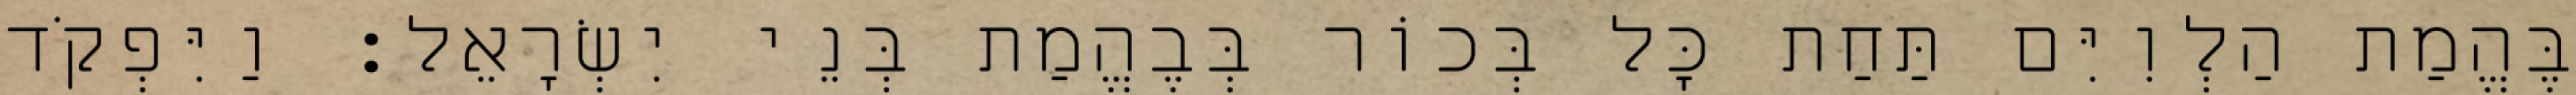
בֶּהֱמַת הַלְוִיִּם תַּחַת כָּל בְּכוֹר בְּבֶהֱמַת בְּנֵי יִשְׂרָאֵל׃ וַיִּפְקֹד